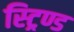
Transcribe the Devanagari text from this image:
स्ट्रिण्ड